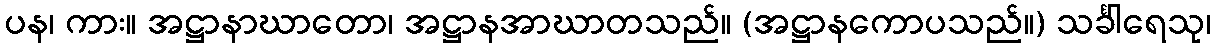
ပန၊ ကား။ အဋ္ဌာနာဃာတော၊ အဋ္ဌာနအာဃာတသည်။ (အဋ္ဌာနကောပသည်။) သင်္ခါရေသု၊